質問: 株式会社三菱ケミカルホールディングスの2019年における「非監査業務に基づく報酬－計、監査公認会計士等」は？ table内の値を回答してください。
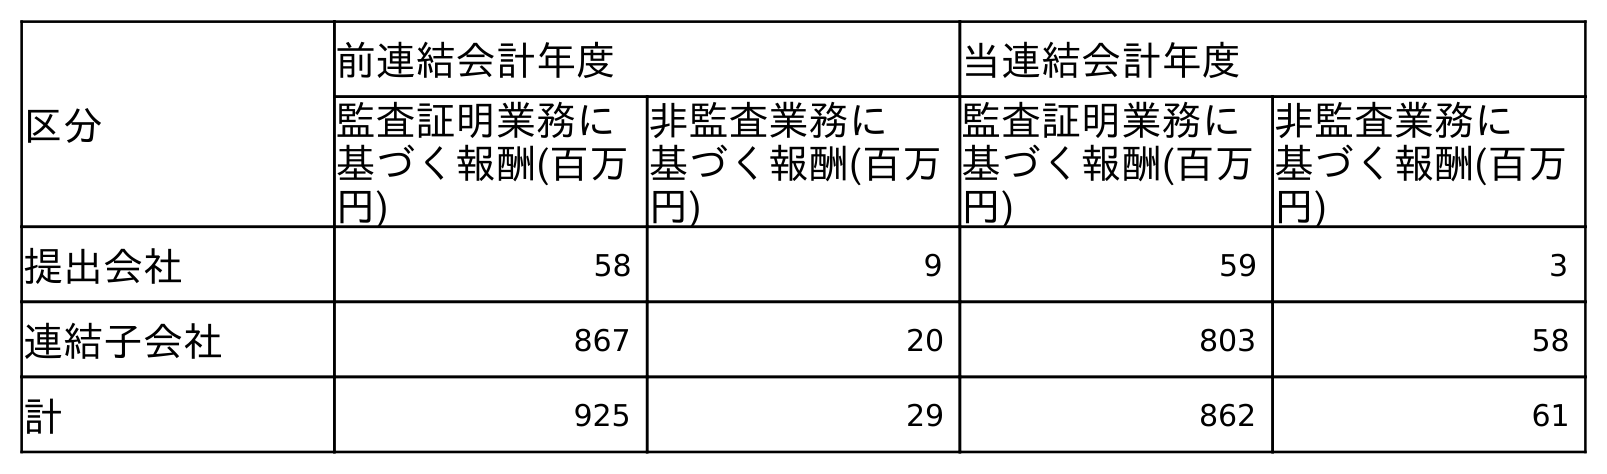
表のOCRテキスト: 区分 前連結会計年度 当連結会計年度 監査証明業務に 基づく報酬(百万 円) 非監査業務に 基づく報酬(百万 円) 監査証明業務に 基づく報酬(百万 円) 非監査業務に 基づく報酬(百万 円) 提出会社 58 9 59 3 連結子会社 867 20 803 58 計 925 29 862 61
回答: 29